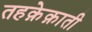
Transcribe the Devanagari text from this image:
तहक़ेक़ाती